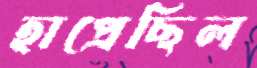
হাপ্‌রেছিল